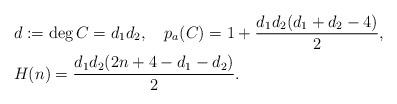
LaTeX: \begin{align*}&d:=\deg C=d_1d_2,\ \ \ p_a(C)=1+\frac{d_1d_2(d_1+d_2-4)}{2},\\ &H(n)=\frac{d_1d_2(2n+4-d_1-d_2)}{2}.\end{align*}